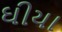
ઘીયા